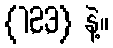
{1,2,3} နဲ့။